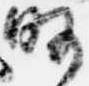
略